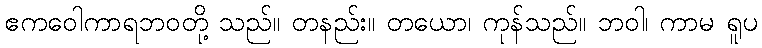
ဧကဝေါကာရဘဝတို့ သည်။ တနည်း။ တယော၊ ကုန်သည်။ ဘဝါ၊ ကာမ ရူပ